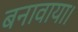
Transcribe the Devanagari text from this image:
बनावाया।